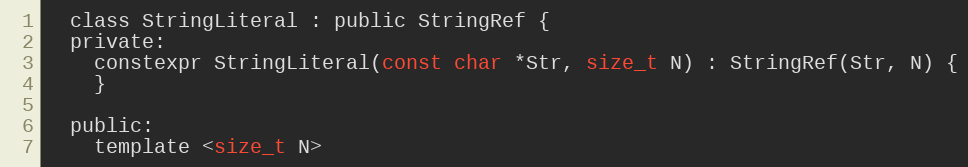
Language: C
  class StringLiteral : public StringRef {
  private:
    constexpr StringLiteral(const char *Str, size_t N) : StringRef(Str, N) {
    }

  public:
    template <size_t N>